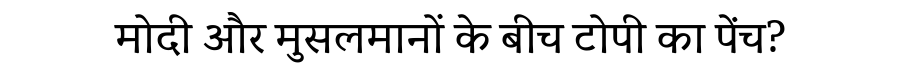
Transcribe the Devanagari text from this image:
मोदी और मुसलमानों के बीच टोपी का पेंच?